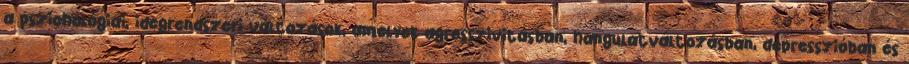
a pszichológiai, idegrendszeri változások, amelyek agresszivitásban, hangulatváltozásban, depresszióban és